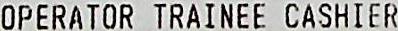
OPERATOR TRAINEE CASHIER